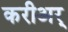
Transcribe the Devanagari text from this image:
करीअर्